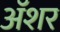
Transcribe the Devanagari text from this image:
अॅशर